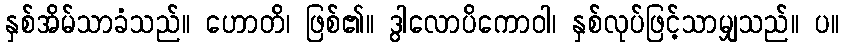
နှစ်အိမ်သာခံသည်။ ဟောတိ၊ ဖြစ်၏။ ဒွါလောပိကောဝါ၊ နှစ်လုပ်ဖြင့်သာမျှသည်။ ပ။